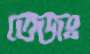
তেজঃ